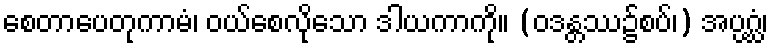
စေတာပေတုကာမံ၊ ဝယ်စေလိုသော ဒါယကာကို။ (ဝဒန္တဿ၌စပ်၊) အပ္ပဂ္ဃံ၊